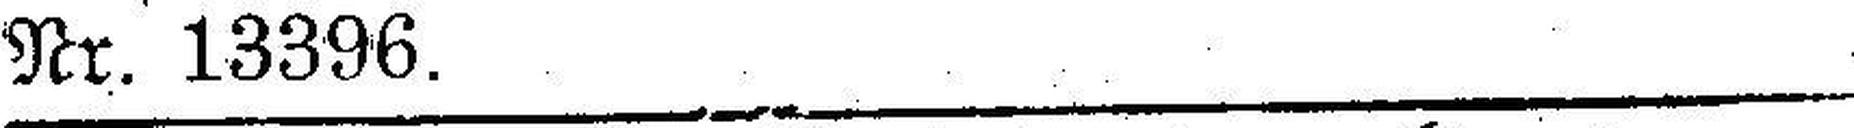
Nr. 13396.